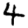
Digit: 4